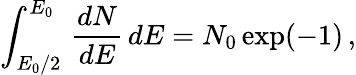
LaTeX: \int_{E_{0}/2}^{E_{0}}\, \frac{dN}{dE}\, dE=N_{0}\exp(-1)\, ,